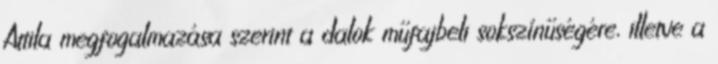
Attila megfogalmazása szerint a dalok műfajbeli sokszínűségére, illetve a